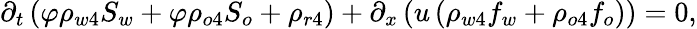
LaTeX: \begin{array}{r}{\partial_{t}\left(\varphi\rho_{w4}S_{w}+\varphi\rho_{o4}S_{o}+\rho_{r4}\right)+\partial_{x}\left(u\left(\rho_{w4}f_{w}+\rho_{o4}f_{o}\right)\right)=0,}\end{array}